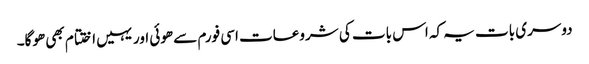
دوسری بات یہ کہ اس بات کی شروعات اسی فورم سے ھوئی اور یہیں اختتام بھی ھوگا۔